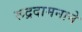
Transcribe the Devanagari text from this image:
रूद्रदामनाने